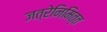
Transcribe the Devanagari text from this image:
जत्रेनिमित्त